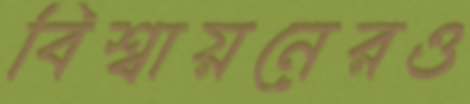
বিশ্বায়নেরও